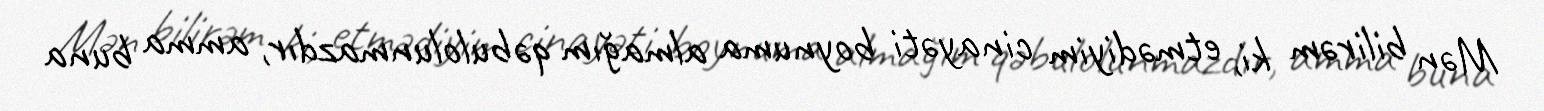
Mən bilirəm ki, etmədiyim cinayəti boynuma almağım qəbulolunmazdır, amma buna